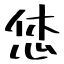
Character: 恷